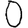
Digit: 0